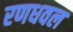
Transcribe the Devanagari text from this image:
रणधवल